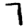
Digit: 7